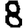
Digit: 8